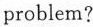
problem?